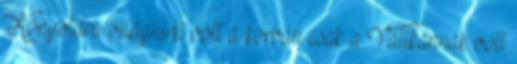
Könyvtára világhírű volt a korban csak a Vatikánnak volt